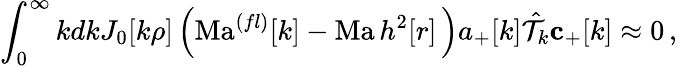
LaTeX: \int_{0}^{\infty}kdkJ_{0}[k\rho]\left(\mathrm{Ma}^{(fl)}[k]-\mathrm{Ma}\, h^{2}[r]\, \right){a_{+}[k]}\hat{\mathcal{T}}_{k}\mathbf{c}_{+}[k]\approx 0\, ,\